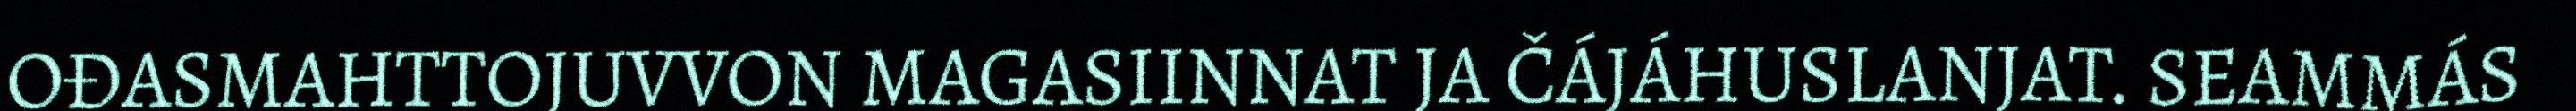
OĐASMAHTTOJUVVON MAGASIINNAT JA ČÁJÁHUSLANJAT. SEAMMÁS